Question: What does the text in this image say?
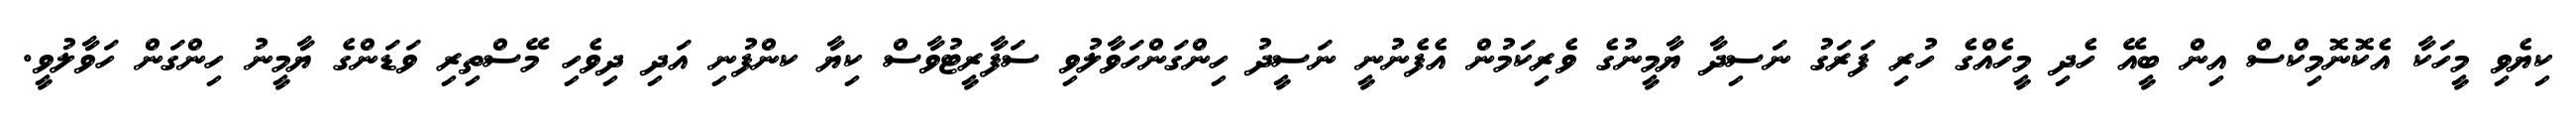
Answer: ކިޔެވި މީހަކާ އެކޮނޮމިކްސް އިން ބީއޭ ހެދި މީހެއްގެ ހުރި ފަރަގު ނަސިދާ ޔާމީނުގެ ވެރިކަމުން އެފެނުނީ ނަސީދު ހިންގަންހަވާލުވި ސަފާރީޓުވާސް ކިޔާ ކންފުނި އަދި ދިވެހި މޭސްތިރި ވަޑަންގެ ޔާމީނު ހިންގަން ހަވާލުވީ.